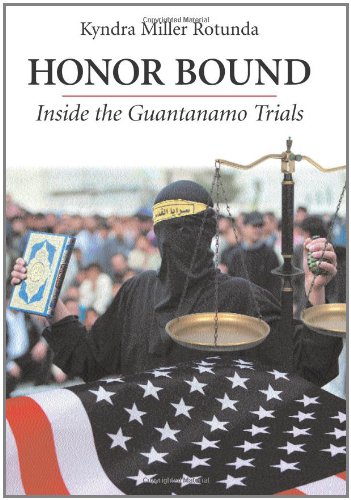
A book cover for Honor Bound: Inside the Guantanamo Trials; Kyndra Rotunda; Law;